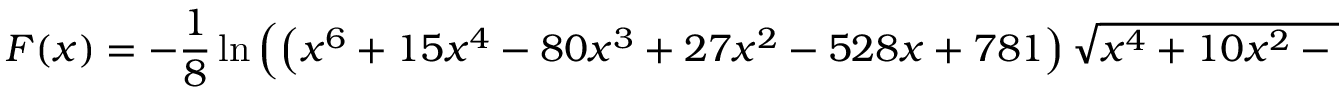
F ( x ) = - { \frac { 1 } { 8 } } \ln \left( \left( x ^ { 6 } + 1 5 x ^ { 4 } - 8 0 x ^ { 3 } + 2 7 x ^ { 2 } - 5 2 8 x + 7 8 1 \right) { \sqrt { x ^ { 4 } + 1 0 x ^ { 2 } - 9 6 x - 7 1 } } - \left( x ^ { 8 } + 2 0 x ^ { 6 } - 1 2 8 x ^ { 5 } + 5 4 x ^ { 4 } - 1 4 0 8 x ^ { 3 } + 3 1 2 4 x ^ { 2 } + 1 0 0 0 1 \right) \right) + C .